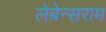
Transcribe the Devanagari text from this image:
लेबेन्सराम